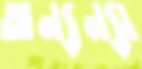
অন্যন্যা